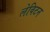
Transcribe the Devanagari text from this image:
लेविटन